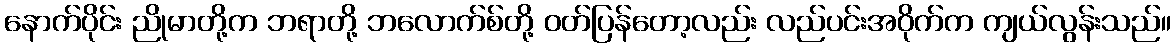
နောက်ပိုင်း ညိုမာတို့က ဘရာတို့ ဘလောက်စ်တို့ ဝတ်ပြန်တော့လည်း လည်ပင်းအဝိုက်က ကျယ်လွန်းသည်။